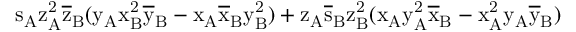
\mathrm { s _ { A } \mathrm { z _ { A } ^ { 2 } \mathrm { \overline { { z } } _ { B } ( \mathrm { y _ { A } \mathrm { x _ { B } ^ { 2 } \mathrm { \overline { { y } } _ { B } - \mathrm { x _ { A } \mathrm { \overline { { x } } _ { B } \mathrm { y _ { B } ^ { 2 } ) + \mathrm { z _ { A } \mathrm { \overline { { s } } _ { B } \mathrm { z _ { B } ^ { 2 } ( \mathrm { x _ { A } \mathrm { y _ { A } ^ { 2 } \mathrm { \overline { { x } } _ { B } - \mathrm { x _ { A } ^ { 2 } \mathrm { y _ { A } \mathrm { \overline { { y } } _ { B } ) } } } } } } } } } } } } } } } } } }